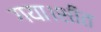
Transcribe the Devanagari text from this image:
गया।शीत